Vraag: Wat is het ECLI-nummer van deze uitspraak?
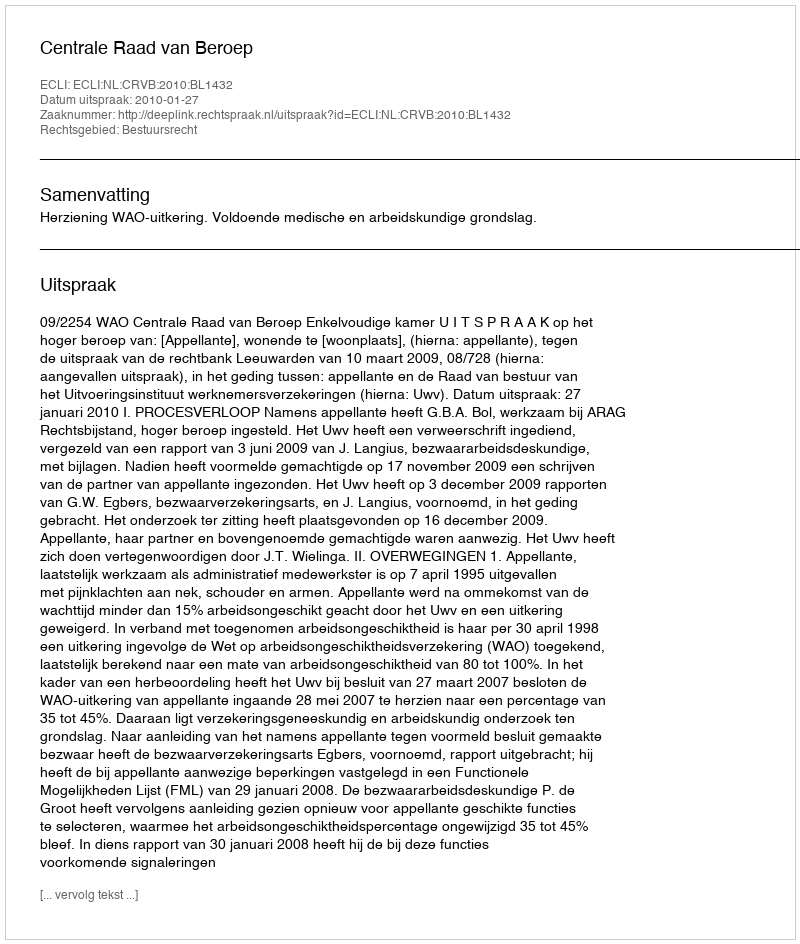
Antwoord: ECLI:NL:CRVB:2010:BL1432